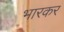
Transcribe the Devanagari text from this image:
भारकर